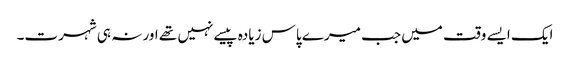
ایک ایسے وقت میں جب میرے پاس زیادہ پیسے نہیں تھے اور نہ ہی شہرت۔